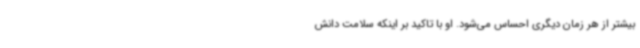
بیشتر از هر زمان دیگری احساس می‌شود. او با تاکید بر اینکه سلامت دانش